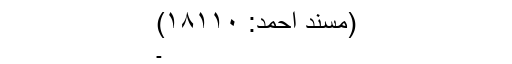
(مسند احمد: ۱۸۱۱۰)
۔